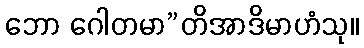
ဘော ဂေါတမာ”တိအာဒိမာဟံသု။